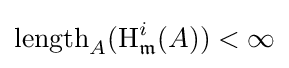
\operatorname {length} _{A}(\operatorname {H} _{\mathfrak {m}}^{i}(A))<\infty